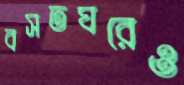
বসতঘরেও